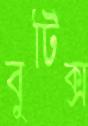
বুটিক্স